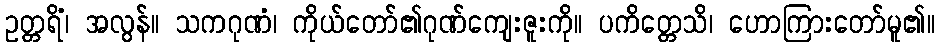
ဥတ္တရိံ၊ အလွန်။ သကဂုဏံ၊ ကိုယ်တော်၏ဂုဏ်ကျေးဇူးကို။ ပကိတ္တေသိ၊ ဟောကြားတော်မူ၏။